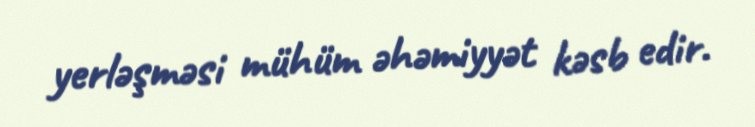
yerləşməsi mühüm əhəmiyyət kəsb edir.